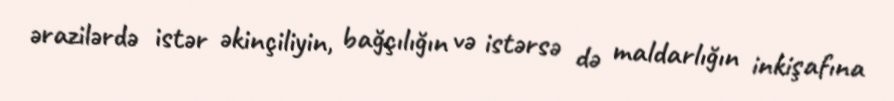
ərazilərdə istər əkinçiliyin, bağçılığın və istərsə də maldarlığın inkişafına